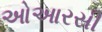
ઓઆરસી